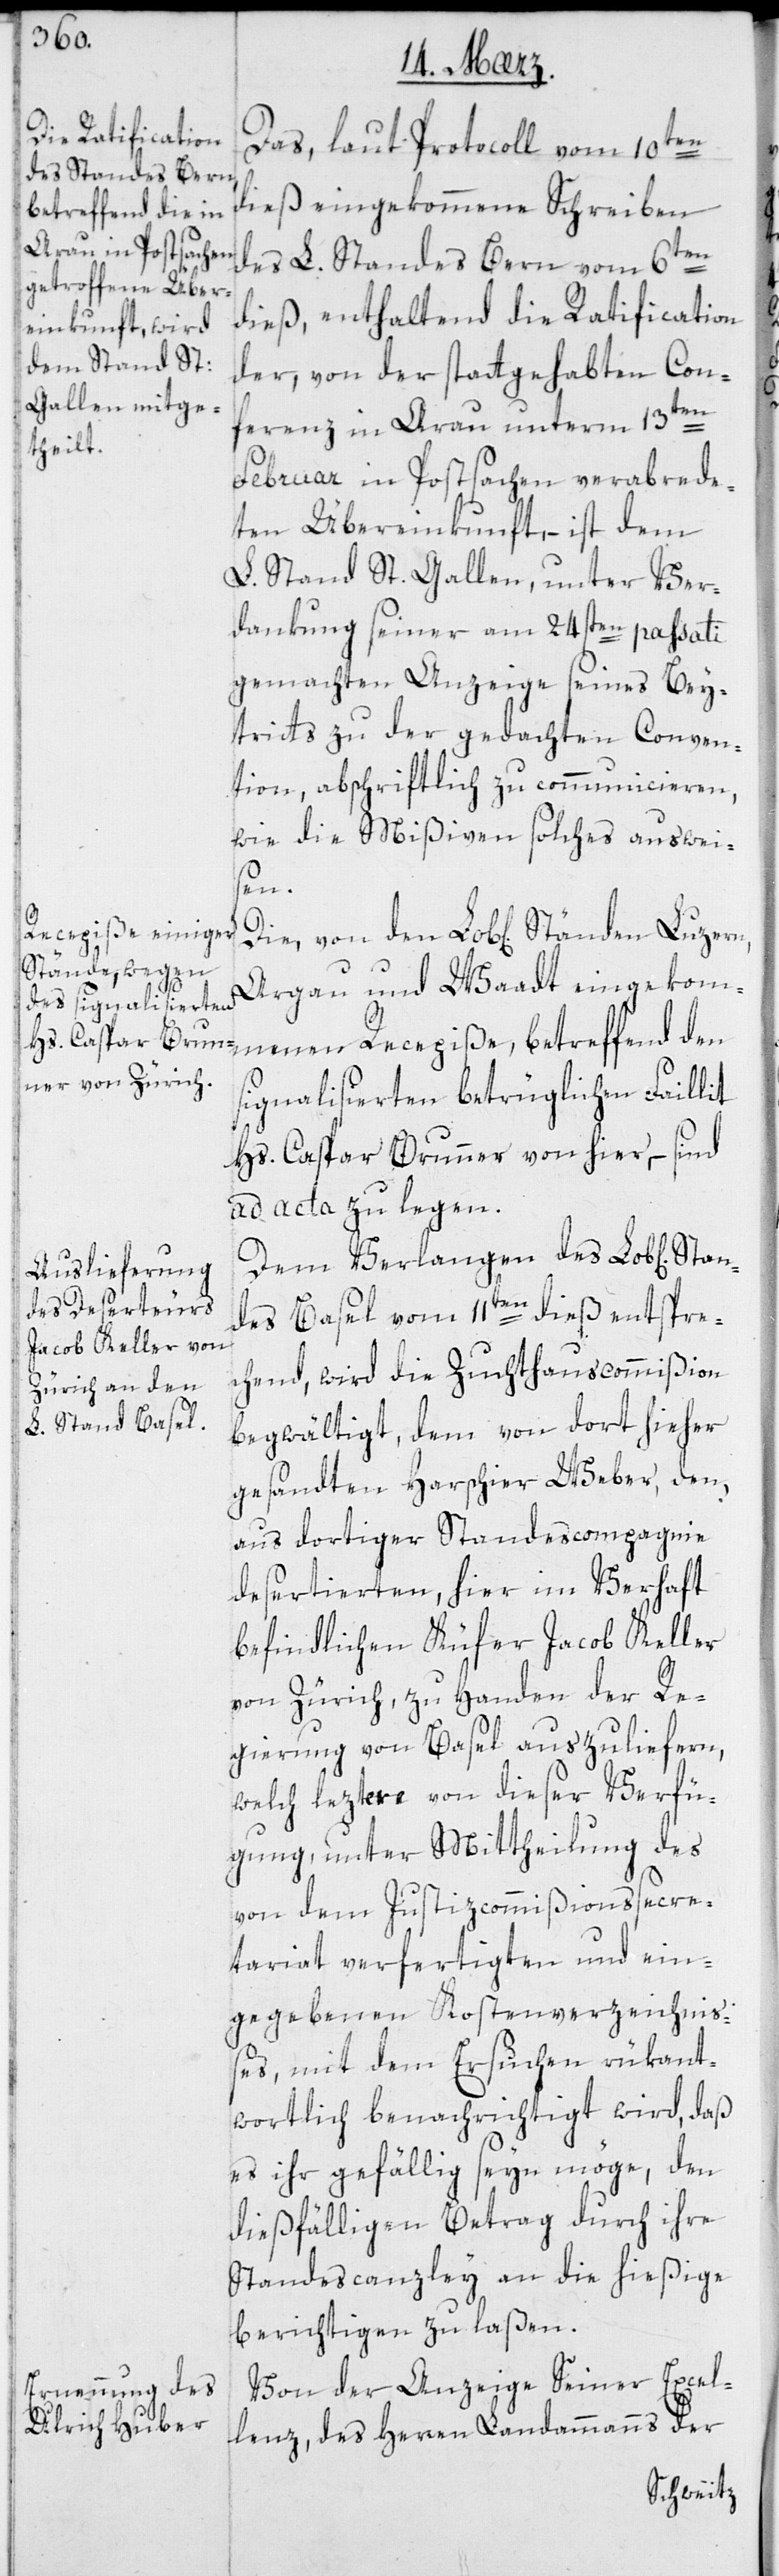
Ständen Luzern,

Das laut Protocoll vom 10ten
dieß eingekommene Schreiben
des L. Standes Bern vom 6ten
dieß, enthaltend die Ratification
der, von der stattgehabten Con¬
den
ferenz in Arau unterm 13ten
Februar in Postsachen verabrede¬
ten Übereinkunft, – ist dem
L. Stand St. Gallen, unter Ver¬
dankung seiner am 24sten passati
gemachten Anzeige seines Bei¬
tritts zu der gedachten Conven¬
tion, abschriftlich zu communicieren,
wie die Mißiven solches auswei¬
sen.
Aargau und Waadt eingekom¬
menen Recepiße, betreffend den
signalisierten betrüglichen Faillit
Hs. Caspar Brunner von hier, – sind
ad acta zu legen.
Dem Verlangen des L. Stan¬
des Basel vom 11ten dieß entspre¬
chend, wird die Zuchthauscommißion
begwältigt, dem von dort hieher
gesandten Harschier Weber, den
aus dortiger Standescompagnie
desertierten, hier im Verhaft
befindlichen Küfer Jacob Keller
von Zürich, zu Handen der Re¬
gierung von Basel auszuliefern,
welch leztere von dieser Verfü¬
gung, unter Mittheilung des
von dem Justizcommißionssecre¬
tariat verfertigten und ein¬
gegebenen Kostenverzeichniß¬
es, mit dem Ersuchen rükant¬
wortlich benachrichtigt wird, daß
es ihr gefällig sein möge, den
dießfälligen Betrag durch ihre
Standescanzley an die hießige
berichtigen zu laßen.
Von der Anzeige Seiner Excel¬
lenz des Herren Landammanns der